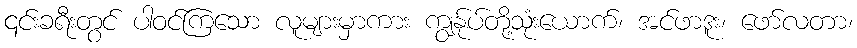
၎င်းခရီးတွင် ပါဝင်ကြသော လူများမှာကား ကျွန်ုပ်တို့သုံးယောက်၊ အင်ဖာဒူး၊ ဖော်လတာ၊